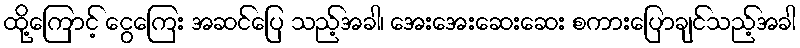
ထို့ကြောင့် ငွေကြေး အဆင်ပြေ သည့်အခါ၊ အေးအေးဆေးဆေး စကားပြောချင်သည့်အခါ